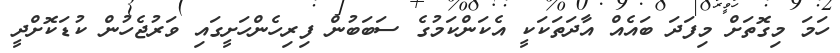
ހަމަ މިގޮތަށް މިފަދަ ބައެއް އާދަތަކަކީ އެކަންކަމުގެ ސަބަބުން ފިރިހެންހަށީގައި ވަރުޖެހުން ކުޑަކޮށްދީ